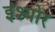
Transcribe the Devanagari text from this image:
इंश्योर